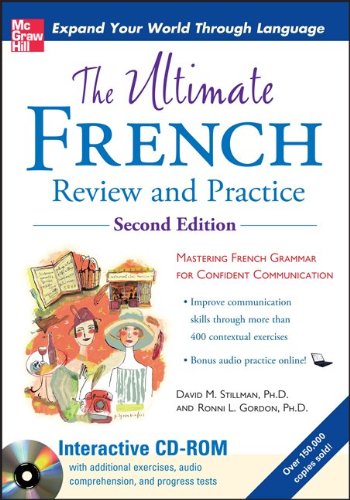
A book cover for The Ultimate French Review and Practice; David Stillman; Reference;